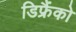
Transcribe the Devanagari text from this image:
डिफ्रैंको